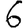
Digit: 6